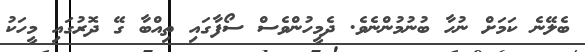
ބެލޭނެ ކަމަށް ނުހާ ބުނުމުންނެވެ. ދެމީހުންވެސް ސޯފާގައި ތިއްބާ ގޭ ދޮރުގައި މީހަކު